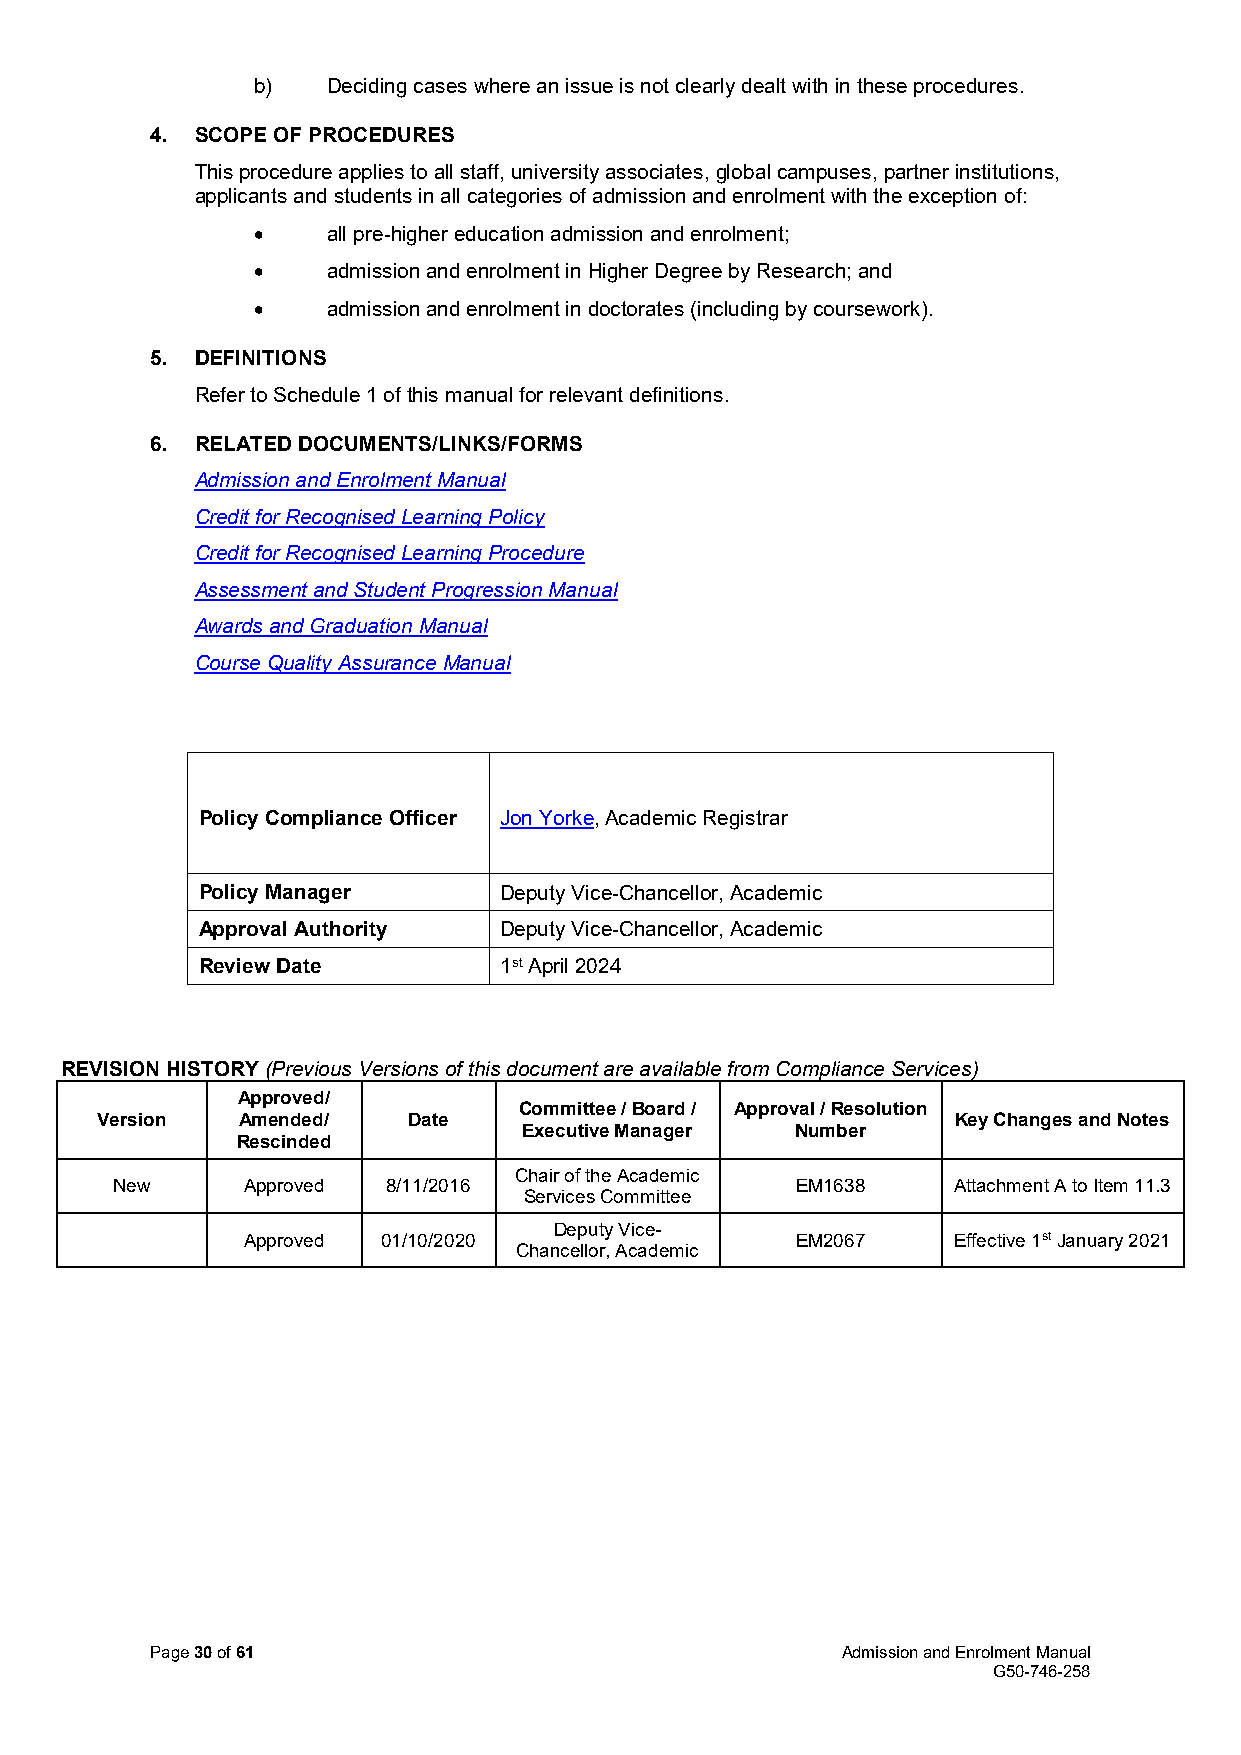
b)   Deciding cases where an issue is not clearly dealt with in these procedures.
 4. SCOPE OF PROCEDURES
 This procedure applies to all staff, university associates, global campuses, partner institutions,
 applicants and students in all categories of admission and enrolment with the exception of:
 •    all pre-higher education admission and enrolment;
 •    admission and enrolment in Higher Degree by Research; and
 •    admission and enrolment in doctorates (including by coursework).
 5. DEFINITIONS
 Refer to Schedule 1 of this manual for relevant definitions.
 6. RELATED DOCUMENTS/LINKS/FORMS
 Admission and Enrolment Manual
 Credit for Recognised Learning Policy
 Credit for Recognised Learning Procedure
 Assessment and Student Progression Manual
 Awards and Graduation Manual
 Course Quality Assurance Manual
 Policy Compliance Officer Jon Yorke, Academic Registrar
 Policy Manager      Deputy Vice-Chancellor, Academic
 Approval Authority  Deputy Vice-Chancellor, Academic
 Review Date         1st April 2024
 REVISION HISTORY (Previous Versions of this document are available from Compliance Services)
 Approved/
 Committee / Board / Approval / Resolution
 Version   Amended/   Date                                Key Changes and Notes
 Executive Manager Number
 Rescinded
 Chair of the Academic
 New      Approved  8/11/2016                  EM1638    Attachment A to Item 11.3
 Services Committee
 Deputy Vice-
 Approved 01/10/2020                  EM2067    Effective 1st January 2021
 Chancellor, Academic
 Page 30 of 61                                 Admission and Enrolment Manual
 G50-746-258